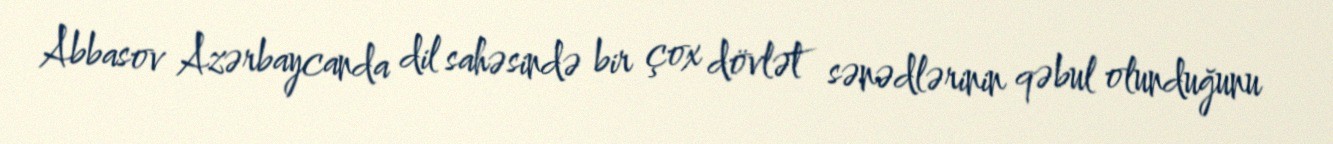
Abbasov Azərbaycanda dil sahəsində bir çox dövlət sənədlərinin qəbul olunduğunu